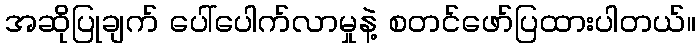
အဆိုပြုချက် ပေါ်ပေါက်လာမှုနဲ့ စတင်ဖော်ပြထားပါတယ်။